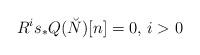
LaTeX: \begin{align*} R^i s_*Q(\breve{N})[n]=0,\, i>0\end{align*}